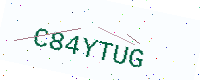
Text: C84YTUG